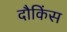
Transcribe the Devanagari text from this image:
दौकिंस